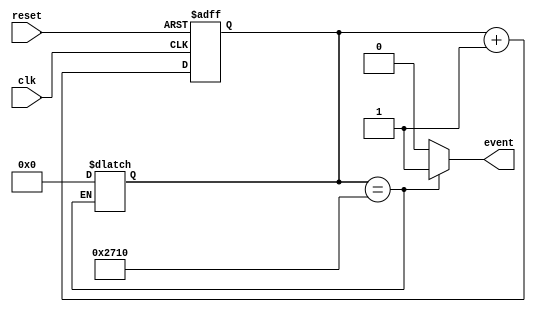
module event_timer (
    input wire clk,          // Clock input
    input wire reset,        // Reset input
    output reg event         // Event output
);

reg [31:0] counter;         // 32-bit counter to keep track of time intervals

// Counter increments at every rising edge of the clock
always @(posedge clk or posedge reset) begin
    if (reset) begin
        counter <= 0;
    end else begin
        counter <= counter + 1;
    end
end

// Configure to generate event at specific time intervals
always @(*) begin
    if (counter == 10000) begin // Change 10000 to specific time interval
        event <= 1;             // Generate event
        counter <= 0;           // Reset counter
    end else begin
        event <= 0;
    end
end

endmodule